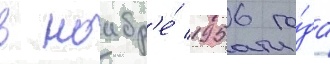
в ноабр'е́ 1956 го́да